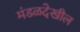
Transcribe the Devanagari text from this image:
मंडळदेखील